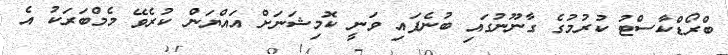
ބްރޯޑްކާސްޓު ކުރުމުގެ ގާނޫނުގައި ބުނެފައި ވަނީ ކޮމިޝަނަށް އައްޔަން ކުރެވޭ މެމްބަރަކު އެ